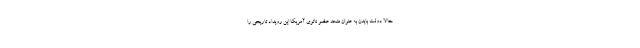
حالا دولت بایدن به عنوان متحد عضو ناتوی آمریکا این رویداد تاریخی را